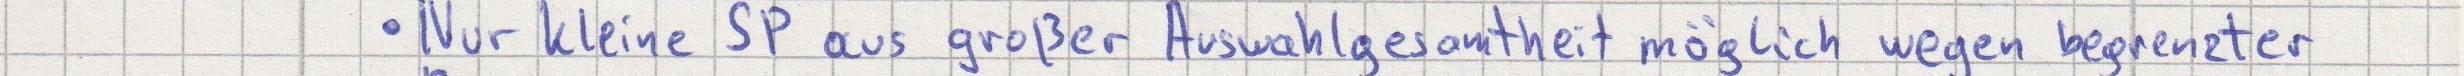
Nur kleine SP aus großer Auswahlgesamtheit möglich wegen begrenzter